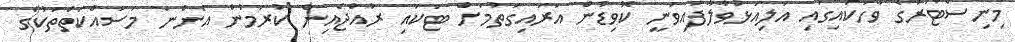
މިނިސްޓަރުގެ ވާހަކައިގައި އަލިއަޅުވާލާފައިވަނީ ކޮވިޑުން އަރައިގަތުމަށް ޓަކައި ރާއްޖެއިން ކުރަމުން އަންނަ މަސައްކަތްތަކުގެ